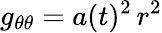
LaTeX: g_{\theta\theta}=a(t)^{2}\, r^{2}